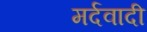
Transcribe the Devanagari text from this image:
मर्दवादी